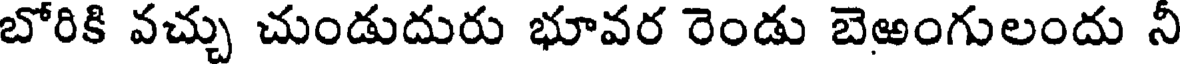
బోరికి వచ్చు చుండుదురు భూవర రెండు బెఱంగులందు నీ